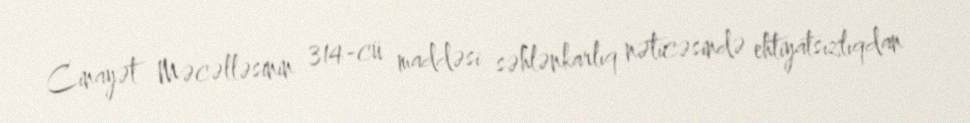
Cinayət Məcəlləsinin 314-cü maddəsi səhlənkarlıq nəticəsində ehtiyatsızlıqdan